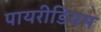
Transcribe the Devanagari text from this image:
पायरीडियम